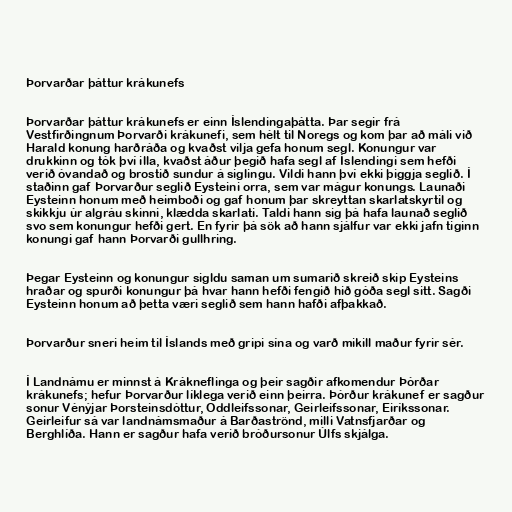
Þorvarðar þáttur krákunefs

Þorvarðar þáttur krákunefs er einn Íslendingaþátta. Þar segir frá
Vestfirðingnum Þorvarði krákunefi, sem hélt til Noregs og kom þar að máli við
Harald konung harðráða og kvaðst vilja gefa honum segl. Konungur var
drukkinn og tók því illa, kvaðst áður þegið hafa segl af Íslendingi sem hefði
verið óvandað og brostið sundur á siglingu. Vildi hann því ekki þiggja seglið. Í
staðinn gaf Þorvarður seglið Eysteini orra, sem var mágur konungs. Launaði
Eysteinn honum með heimboði og gaf honum þar skreyttan skarlatskyrtil og
skikkju úr algráu skinni, klædda skarlati. Taldi hann sig þá hafa launað seglið
svo sem konungur hefði gert. En fyrir þá sök að hann sjálfur var ekki jafn tiginn
konungi gaf hann Þorvarði gullhring.

Þegar Eysteinn og konungur sigldu saman um sumarið skreið skip Eysteins
hraðar og spurði konungur þá hvar hann hefði fengið hið góða segl sitt. Sagði
Eysteinn honum að þetta væri seglið sem hann hafði afþakkað.

Þorvarður sneri heim til Íslands með gripi sína og varð mikill maður fyrir sér.

Í Landnámu er minnst á Krákneflinga og þeir sagðir afkomendur Þórðar
krákunefs; hefur Þorvarður líklega verið einn þeirra. Þórður krákunef er sagður
sonur Vénýjar Þorsteinsdóttur, Oddleifssonar, Geirleifssonar, Eiríkssonar.
Geirleifur sá var landnámsmaður á Barðaströnd, milli Vatnsfjarðar og
Berghlíða. Hann er sagður hafa verið bróðursonur Úlfs skjálga.